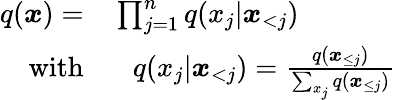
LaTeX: \begin{array}{rl}{q(\boldsymbol{x})=}&{{}\prod_{j=1}^{n}q(x_{j}|\boldsymbol{x}_{<j})}\\ {\mathrm{with}}&{{}\ \ \ q(x_{j}|\boldsymbol{x}_{<j})=\frac{q(\boldsymbol{x}_{\le j})}{\sum_{x_{j}}q(\boldsymbol{x}_{\le j})}}\end{array}